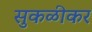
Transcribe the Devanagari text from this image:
सुकळीकर